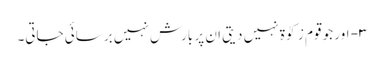
۳- اور جو قوم زکوٰۃ نہیں دیتی ان پر بارش نہیں برسائی جاتی۔